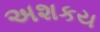
અશકય